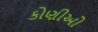
કોણીઓ